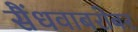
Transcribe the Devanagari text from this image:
सैंधवाबरोबर